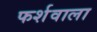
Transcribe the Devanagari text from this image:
फर्शवाला